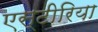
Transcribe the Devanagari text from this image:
एस्टीरिया